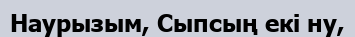
Наурызым, Сыпсың екі ну,